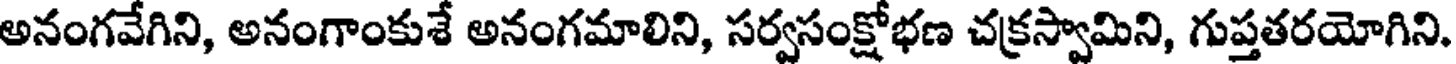
అనంగవేగిని, అనంగాంకుశే అనంగమాలిని, సర్వసంక్షోభణ చక్రస్వామిని, గుప్తతరయోగిని,